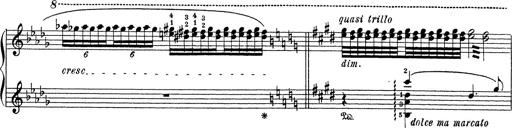
Title: Grosses Konzertsolo
Composer: Franz Liszt